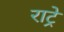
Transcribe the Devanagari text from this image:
राट्रे